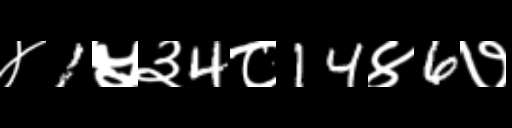
Text: ४1५३4८14४6७